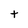
Character: t